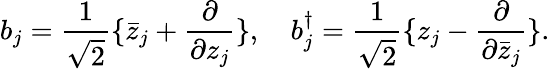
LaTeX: b_{j}={\frac{1}{\sqrt 2}}\{ \bar{z}_{j}+{\frac{\partial}{\partial z_{j}}}\} ,~~~~b_{j}^{\dagger}={\frac{1}{\sqrt 2}}\{ z_{j}-{\frac{\partial}{\partial\bar{z}_{j}}}\} .